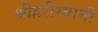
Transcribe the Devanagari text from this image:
श्रीहरीस्वामी